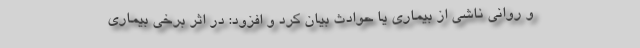
و روانی ناشی از بیماری یا حوادث بیان کرد و افزود: در اثر برخی بیماری